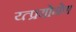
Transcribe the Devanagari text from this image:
य्त्प्रयोगेण